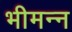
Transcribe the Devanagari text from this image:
भीमन्‍न